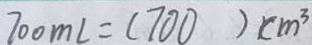
7 0 0 m l = 1 7 0 0 ) c m ^ { 3 }